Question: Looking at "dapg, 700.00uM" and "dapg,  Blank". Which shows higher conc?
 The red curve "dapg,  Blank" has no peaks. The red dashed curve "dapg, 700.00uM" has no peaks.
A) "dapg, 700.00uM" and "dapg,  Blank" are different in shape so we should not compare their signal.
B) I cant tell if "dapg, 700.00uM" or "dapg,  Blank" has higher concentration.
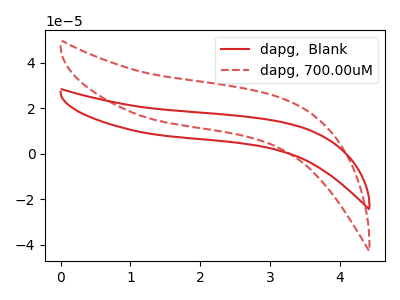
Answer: <think>Neither "dapg, 700.00uM" or "dapg,  Blank" have any peaks.
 </think>
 <answer>B) I cant tell if "dapg, 700.00uM" or "dapg,  Blank" has higher concentration.</answer>
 <eval>B</eval>